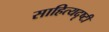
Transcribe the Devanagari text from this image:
साहित्यदृष्टी